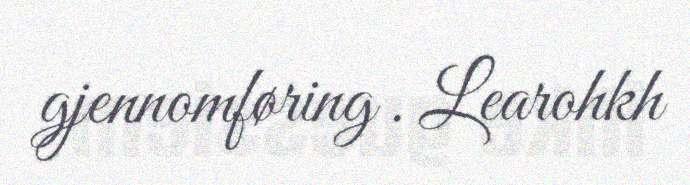
gjennomføring . Learohkh